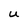
Character: U